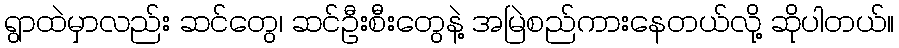
ရွာထဲမှာလည်း ဆင်တွေ၊ ဆင်ဦးစီးတွေနဲ့ အမြဲစည်ကားနေတယ်လို့ ဆိုပါတယ်။